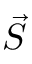
\vec { S }